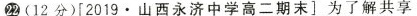
22(12分)[2019.山西永济中学高二期末]为了解共享